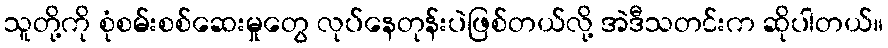
သူတို့ကို စုံစမ်းစစ်ဆေးမှုတွေ လုပ်နေတုန်းပဲဖြစ်တယ်လို့ အဲဒီသတင်းက ဆိုပါတယ်။